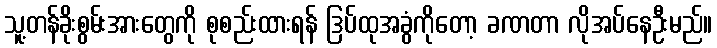
သူ့တန်ခိုးစွမ်းအားတွေကို စုစည်းထားရန် ဒြပ်ထုအခွံကိုတော့ ခဏတာ လိုအပ်နေဦးမည်။